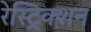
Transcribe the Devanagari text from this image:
रेस्ट्रिक्शन